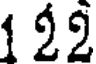
1 22